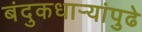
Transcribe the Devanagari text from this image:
बंदुकधार्‍यांपुढे